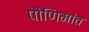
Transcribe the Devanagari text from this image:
पौणिमांत